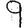
Digit: 9